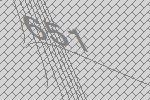
651